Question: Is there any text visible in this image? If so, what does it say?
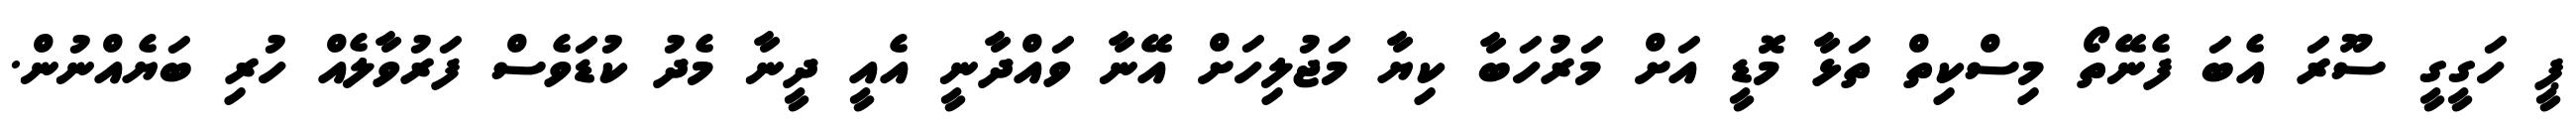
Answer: ޕީ ހަގީގީ ސޫރަ އެބަ ފެނޭތޯ މިސްކިތް ތަޅާ މޮޑީ އަށް މަރުހަބާ ކިޔާ މަޖުލިހަށް އޭނާ ވައްދާނީ އެއީ ދީނާ މެދު ކުޑަވެސް ފަރުވާލެއް ހުރި ބަޔެއްނުން.